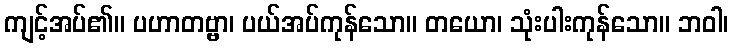
ကျင့်အပ်၏။ ပဟာတဗ္ဗာ၊ ပယ်အပ်ကုန်သော။ တယော၊ သုံးပါးကုန်သော။ ဘဝါ၊